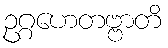
ဥဂ္ဂဟေတဗ္ဗာတိ